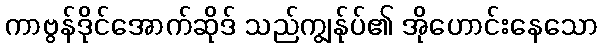
ကာဗွန်ဒိုင်အောက်ဆိုဒ် သည်ကျွန်ုပ်၏ အိုဟောင်းနေသော